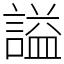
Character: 謚